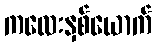
ကလေးနှစ်ယောက်